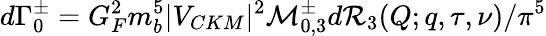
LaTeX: d{\Gamma}_{0}^{\pm}=G_{F}^{2}m_{b}^{5}|V_{CKM}|^{2}{\cal M}_{0,3}^{\pm}d{\cal R}_{3}(Q;q,\tau,\nu)/{\pi}^{5}